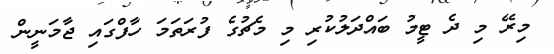
މިރޭ މި ދެ ޓީމު ބައްދަލުކުރި މި މެޗުގެ ފުރަތަމަ ހާފްގައި ޖާމަނީން